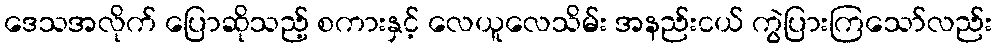
ဒေသအလိုက် ပြောဆိုသည့် စကားနှင့် လေယူလေသိမ်း အနည်းငယ် ကွဲပြားကြသော်လည်း